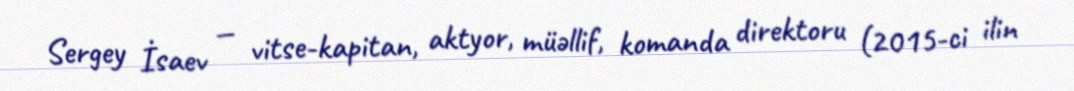
Sergey İsaev — vitse-kapitan, aktyor, müəllif, komanda direktoru (2015-ci ilin